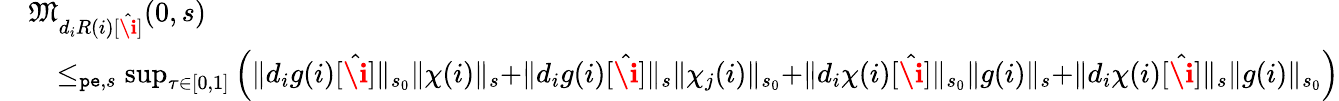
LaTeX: \begin{array}{rl}&{\mathfrak{M}_{d_{i}R(i)[\hat{\textbf{\i}}]}(0,s)}\\ &{\quad\le_{\mathtt{pe},s}\operatorname*{sup}_{\tau\in[0,1]}\left(\rVert d_{i}g(i)[\hat{\textbf{\i}}]\rVert_{s_{0}}\rVert\chi(i)\rVert_{s}+\rVert d_{i}g(i)[\hat{\textbf{\i}}]\rVert_{s}\rVert\chi_{j}(i)\rVert_{s_{0}}+\rVert d_{i}\chi(i)[\hat{\textbf{\i}}]\rVert_{s_{0}}\rVert g(i)\rVert_{s}+\rVert d_{i}\chi(i)[\hat{\textbf{\i}}]\rVert_{s}\rVert g(i)\rVert_{s_{0}}\right)}\end{array}